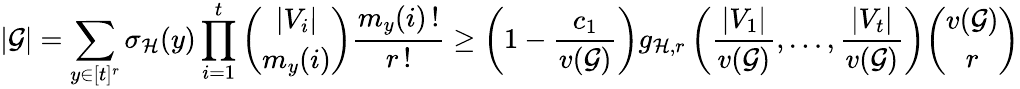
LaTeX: |\mathcal{G}|=\sum_{y\in[t]^{r}}\sigma_{\mathcal{H}}(y)\prod_{i=1}^{t}\binom{|V_{i}|}{m_{y}(i)}\frac{m_{y}(i)\, !}{r\, !}\ge\left(1-\frac{c_{1}}{v(\mathcal{G})}\right)g_{\mathcal{H},r}\left(\frac{|V_{1}|}{v(\mathcal{G})},\dots,\frac{|V_{t}|}{v(\mathcal{G})}\right)\binom{v(\mathcal{G})}{r}